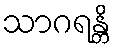
သာဂရန္တိ